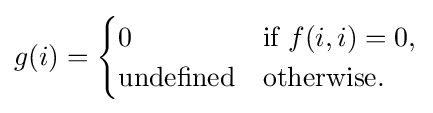
g(i)={\begin{cases}0&{\text{if }}f(i,i)=0,\\{\text{undefined}}&{\text{otherwise.}}\end{cases}}